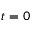
t = 0